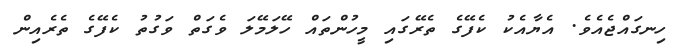
ހިނގައްޖެއެވެ. އެޔާއެކު ކެފޭގެ ތެރޭގައި މީހުންތައް ހޭލަމޭލަ ވެގަތް ވަގުތު ކެފޭގެ ތެރެއިން